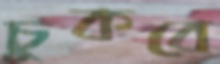
চুকবে